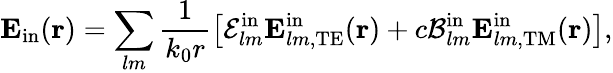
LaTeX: \boldsymbol{\mathbf{E}}_{\mathrm{in}}(\boldsymbol{\mathbf{r}})=\sum_{lm}\frac{1}{k_{0}r}\left[\mathcal{E}_{lm}^{\mathrm{in}}\boldsymbol{\mathbf{E}}_{lm,\mathrm{TE}}^{\mathrm{in}}(\boldsymbol{\mathbf{r}})+c\mathcal{B}_{lm}^{\mathrm{in}}\boldsymbol{\mathbf{E}}_{lm,\mathrm{TM}}^{\mathrm{in}}(\boldsymbol{\mathbf{r}})\right],